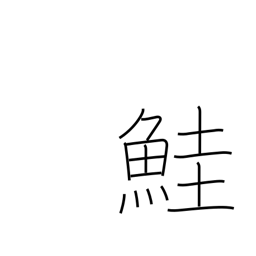
Meaning: salmon